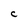
Character: C